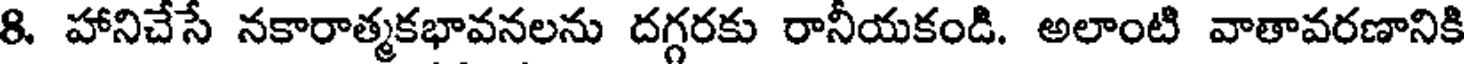
8. హానిచేసే నకారాత్మకభావనలను దగ్గరకు రానీయకండి. అలాంటి వాతావరణానికి